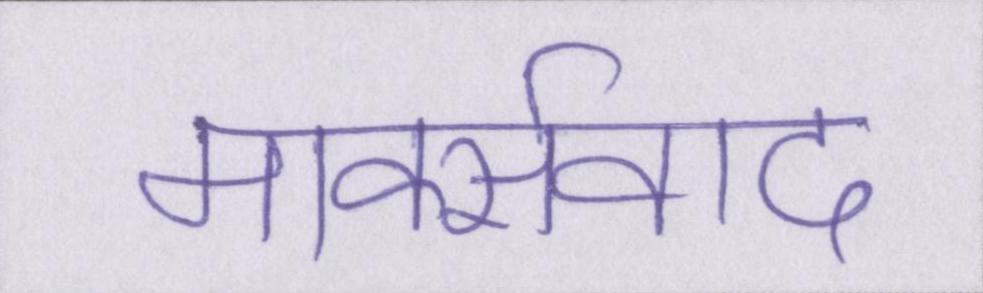
मार्क्सवाद